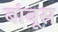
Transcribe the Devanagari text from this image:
बांबूस